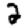
Digit: 2